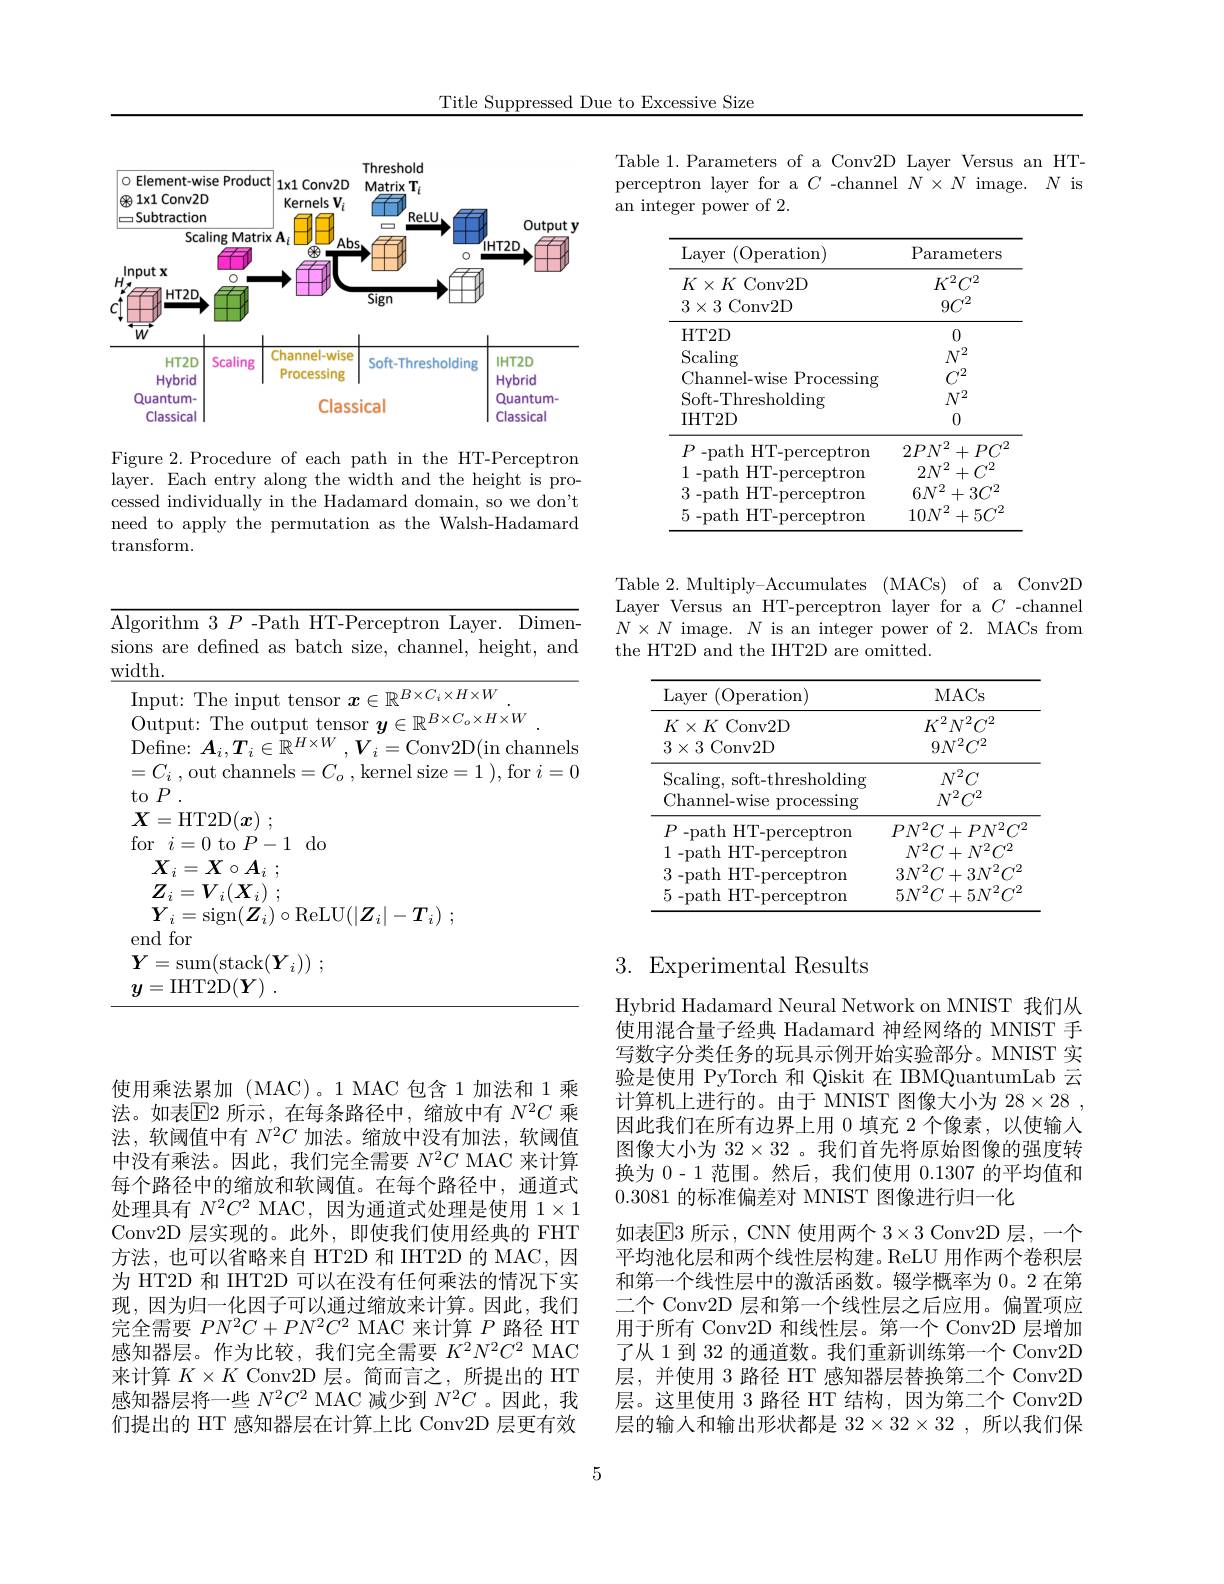
Title Suppressed Due to Excessive Size

使用乘法累加 (MAC)。1 MAC 包含 1 加法和 1 乘法。如表$\boxed{\mathrm{E}}$2 所示，在每条路径中，缩放中有 $N^2C$ 乘法，软阈值中有$N^2C$加法。缩放中没有加法，软阈值中没有乘法。因此，我们完全需要$N^2C$ MAC 来计算每个路径中的缩放和软阈值。在每个路径中，通道式处理具有$N^2C^2$ MAC,因为通道式处理是使用$1\times1$ Conv2D 层实现的。此外，即使我们使用经典的 FHT 方法，也可以省略来自 HT2D 和 IHT2D 的 MAC,因为 HT2D 和 IHT2D 可以在没有任何乘法的情况下实现，因为归一化因子可以通过缩放来计算。因此，我们完全需要$PN^2C+PN^2C^2$ MAC 来计算$P$路径 HT 感知器层。作为比较，我们完全需要$K^2N^2C^2$ MAC 来计算$K\times K$ Conv2D 层。简而言之，所提出的 HT 感知器层将一些$N^2C^2$ MAC 减少到$N^2C$ 。因此，我们提出的 HT 感知器层在计算上比 Conv2D 层更有效

<FigureHere>

Figure 2.Procedure of each path in the HT-Perceptron layer. Each entry along the width and the height is processed individually in the Hadamard domain, so we don't need to apply the permutation as the Walsh-Hadamard transform.

<table>
	<tbody>
		<tr>
			<td>$Al$ ${:}1C$ $v1$</td>
			<td>${\mathrm{rithm~3~P~-Path~HT-Perceptron~Layer.~Dimen}}$ s are defined as batch size, channel, height, and : h. </td>
		</tr>
	</tbody>
</table>

Table 1.Parameters of a Conv2D Layer Versus an HTperceptron layer for a $C$ -channel $N\times N$ image. $N$ is an integer power of 2.

<table>
	<tbody>
		<tr>
			<th>Layer (Operation)</th>
			<th>Parameters</th>
		</tr>
		<tr>
			<td>$K\times K$ Conv2D $3\times3$Conv2D</td>
			<td>$K^{2}C^{2}$ $9C^{2}$</td>
		</tr>
		<tr>
			<td>HT2D</td>
			<td>0</td>
		</tr>
		<tr>
			<td>Scaling</td>
			<td>$N^{2}$</td>
		</tr>
		<tr>
			<td>Channel-wise Processing </td>
			<td>$C^{2}$</td>
		</tr>
		<tr>
			<td>IHT2D</td>
			<td>0</td>
		</tr>
		<tr>
			<td>$P$ - path HT- perceptron </td>
			<td>$2PN^{2}$ $+PC^{2}$</td>
		</tr>
		<tr>
			<td>1 -path HT- perceptron</td>
			<td>$2N^{2}$ $+C^{2}$</td>
		</tr>
		<tr>
			<td>3-path HT- perceptron</td>
			<td>$6N^{2}$ $+3C^{2}$</td>
		</tr>
		<tr>
			<td>5-path HT- perceptron</td>
			<td>$10N^2$ $+5C^{2}$</td>
		</tr>
	</tbody>
</table>

Table 2. Multiply-Accumulates (MACs) of a Conv2D Layer Versus an HT-perceptron layer for a $C$ -channel $N\times N$ image. $N$ is an integer power of 2. MACs from the HT2D and the IHT2D are omitted.

<table>
	<tbody>
		<tr>
			<th>Layer (Operation)</th>
			<th>MACs</th>
		</tr>
		<tr>
			<td>$P$ -Dath HT- perceptron </td>
			<td>$PN^{2}C+PN^{2}C$</td>
		</tr>
		<tr>
			<td>1-path HT- perceptron</td>
			<td>$N^{2}C+N^{2}C^{2}$</td>
		</tr>
		<tr>
			<td>3-path HT- perceptron</td>
			<td>$3N^{2}C+3N^{2}C^{2}$</td>
		</tr>
		<tr>
			<td>5-path HT- perceptron</td>
			<td>$5N^{2}C+5N^{2}C^{2}$</td>
		</tr>
	</tbody>
</table>

# 3. Experimental Results

Hybrid Hadamard Neural Network on MNIST 我们从使用混合量子经典 Hadamard 神经网络的 MNIST 手写数字分类任务的玩具示例开始实验部分。MNIST 实验是使用 PyTorch 和 Qiskit 在 IBMQuantumLab 云计算机上进行的。由于 MNIST 图像大小为$28\times 28$ , 因此我们在所有边界上用 0 填充 2 个像素，以使输人图像大小为$32\times32$ 。我们首先将原始图像的强度转换为 0- 1 范围。然后，我们使用0.1307的平均值和0.3081的标准偏差对 MNIST 图像进行归一化
如表$\mathbb{E}$3 所示，CNN 使用两个 $3\times3$ Conv2D 层，一个平均池化层和两个线性层构建。ReLU 用作两个卷积层和第一个线性层中的激活函数。辍学概率为 0。2 在第二个 Conv2D 层和第一个线性层之后应用。偏置项应用于所有 Conv2D 和线性层。第一个 Conv2D 层增加了从 1 到 32 的通道数。我们重新训练第一个 Conv2D 层，并使用 3 路径 HT 感知器层替换第二个 Conv2D 层。这里使用 3 路径 HT 结构，因为第二个 Conv2D 层的输入和输出形状都是$32\times32\times32$,所以我们保

5